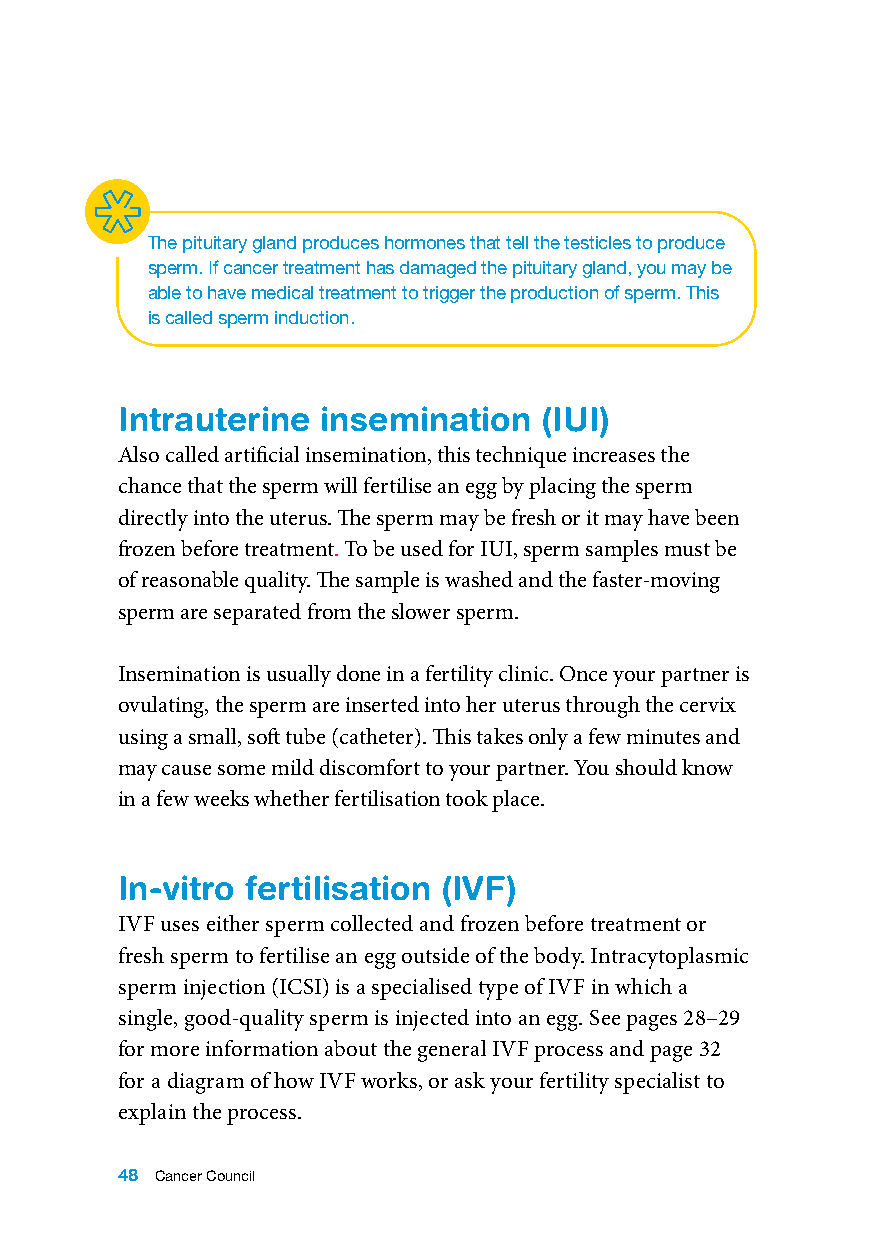
The pituitary gland produces hormones that tell the testicles to produce
 sperm. If cancer treatment has damaged the pituitary gland, you may be
 able to have medical treatment to trigger the production of sperm. This
 is called sperm induction.
 Intrauterine insemination   (IUI)
 Also called artificial insemination, this technique increases the
 chance that the sperm will fertilise an egg by placing the sperm
 directly into the uterus. The sperm may be fresh or it may have been
 frozen before treatment. To be used for IUI, sperm samples must be
 of reasonable quality. The sample is washed and the faster-moving
 sperm are separated from the slower sperm.
 Insemination is usually done in a fertility clinic. Once your partner is
 ovulating, the sperm are inserted into her uterus through the cervix
 using a small, soft tube (catheter). This takes only a few minutes and
 may cause some mild discomfort to your partner. You should know
 in a few weeks whether fertilisation took place.
 In-vitro fertilisation (IVF)
 IVF uses either sperm collected and frozen before treatment or
 fresh sperm to fertilise an egg outside of the body. Intracytoplasmic
 sperm injection (ICSI) is a specialised type of IVF in which a
 single, good-quality sperm is injected into an egg. See pages 28–29
 for more information about the general IVF process and page 32
 for a diagram of how IVF works, or ask your fertility specialist to
 explain the process.
 48 Cancer Council